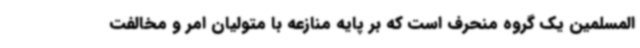
المسلمین یک گروه منحرف است که بر پایه منازعه با متولیان امر و مخالفت